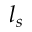
l _ { s }